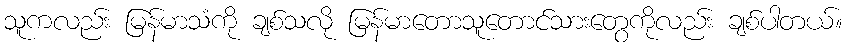
သူကလည်း မြန်မာသံကို ချစ်သလို မြန်မာတောသူတောင်သားတွေကိုလည်း ချစ်ပါတယ်။